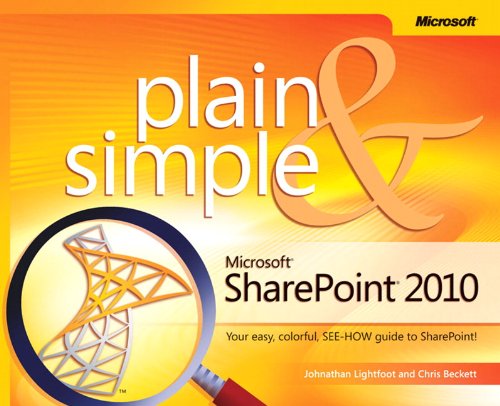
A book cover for Microsoft SharePoint 2010 Plain & Simple; Chris Beckett; Computers & Technology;